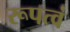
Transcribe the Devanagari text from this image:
रूपत्वं